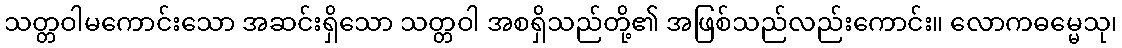
သတ္တဝါမကောင်းသော အဆင်းရှိသော သတ္တဝါ အစရှိသည်တို့၏ အဖြစ်သည်လည်းကောင်း။ လောကဓမ္မေသု၊